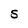
Character: S